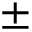
\pm